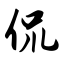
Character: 侃